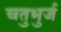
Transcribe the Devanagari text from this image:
चतुभुर्ज